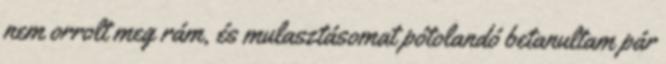
nem orrolt meg rám, és mulasztásomat pótolandó betanultam pár